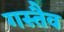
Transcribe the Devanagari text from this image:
गस्तैव